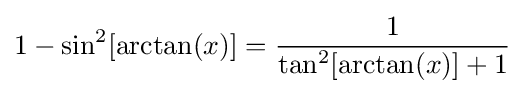
1-\sin ^{2}[\arctan(x)]={\frac {1}{\tan ^{2}[\arctan(x)]+1}}